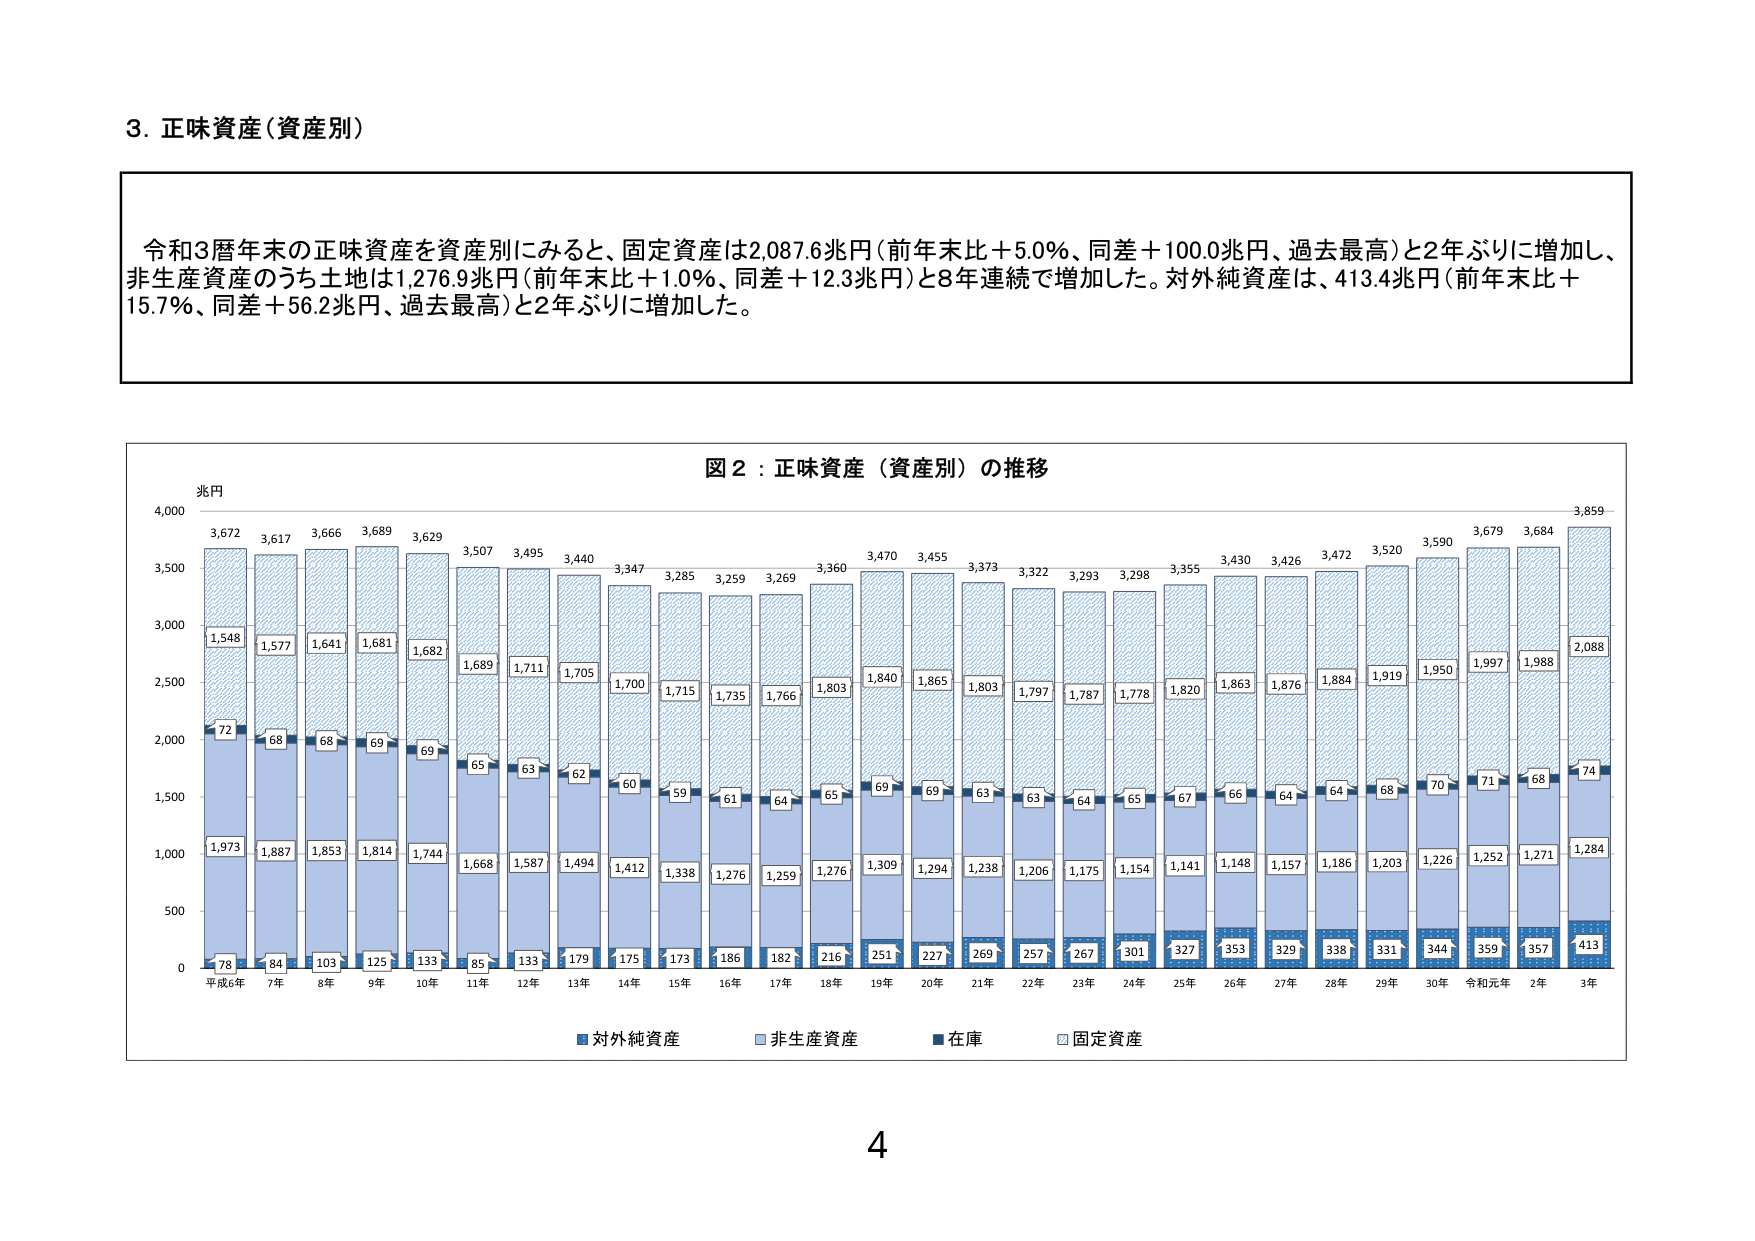
3. 正味資産（資産別）

令和3暦年末の正味資産を資産別にみると、固定資産は2,087.6兆円（前年末比＋5.0％、同差＋100.0兆円、過去最高）と2年ぶりに増加し、非生産資産のうち土地は1,276.9兆円（前年末比＋1.0％、同差＋12.3兆円）と8年連続で増加した。対外純資産は、413.4兆円（前年末比＋15.7％、同差＋56.2兆円、過去最高）と2年ぶりに増加した。

図2：正味資産（資産別）の推移

兆円
4,000
3,672
3,617
3,666
3,689
3,629
3,507
3,495
3,440
3,347
3,285
3,259
3,269
3,360
3,470
3,455
3,373
3,322
3,293
3,298
3,355
3,430
3,426
3,472
3,520
3,590
3,679
3,684
3,859
3,500
1,548
1,577
1,641
1,681
1,682
1,689
1,711
1,705
1,700
1,715
1,735
1,766
1,803
1,840
1,865
1,803
1,797
1,787
1,778
1,820
1,863
1,876
1,884
1,919
1,950
1,997
1,988
2,088
3,000
72
68
68
69
69
65
63
62
60
59
61
64
65
69
69
63
63
64
65
67
66
64
64
68
70
71
68
74
2,500
1,973
1,887
1,853
1,814
1,744
1,668
1,587
1,494
1,412
1,338
1,276
1,259
1,276
1,309
1,294
1,238
1,206
1,175
1,154
1,141
1,148
1,157
1,186
1,203
1,226
1,252
1,271
1,284
2,000
1,500
500
0
78
84
103
125
133
85
133
179
175
173
186
182
216
251
227
269
257
267
301
327
353
329
338
331
344
359
357
413
平成6年 7年 8年 9年 10年 11年 12年 13年 14年 15年 16年 17年 18年 19年 20年 21年 22年 23年 24年 25年 26年 27年 28年 29年 30年 令和元年 2年 3年
■対外純資産
■非生産資産
■在庫
■固定資産

4